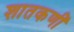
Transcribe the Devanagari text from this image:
शातकणीं